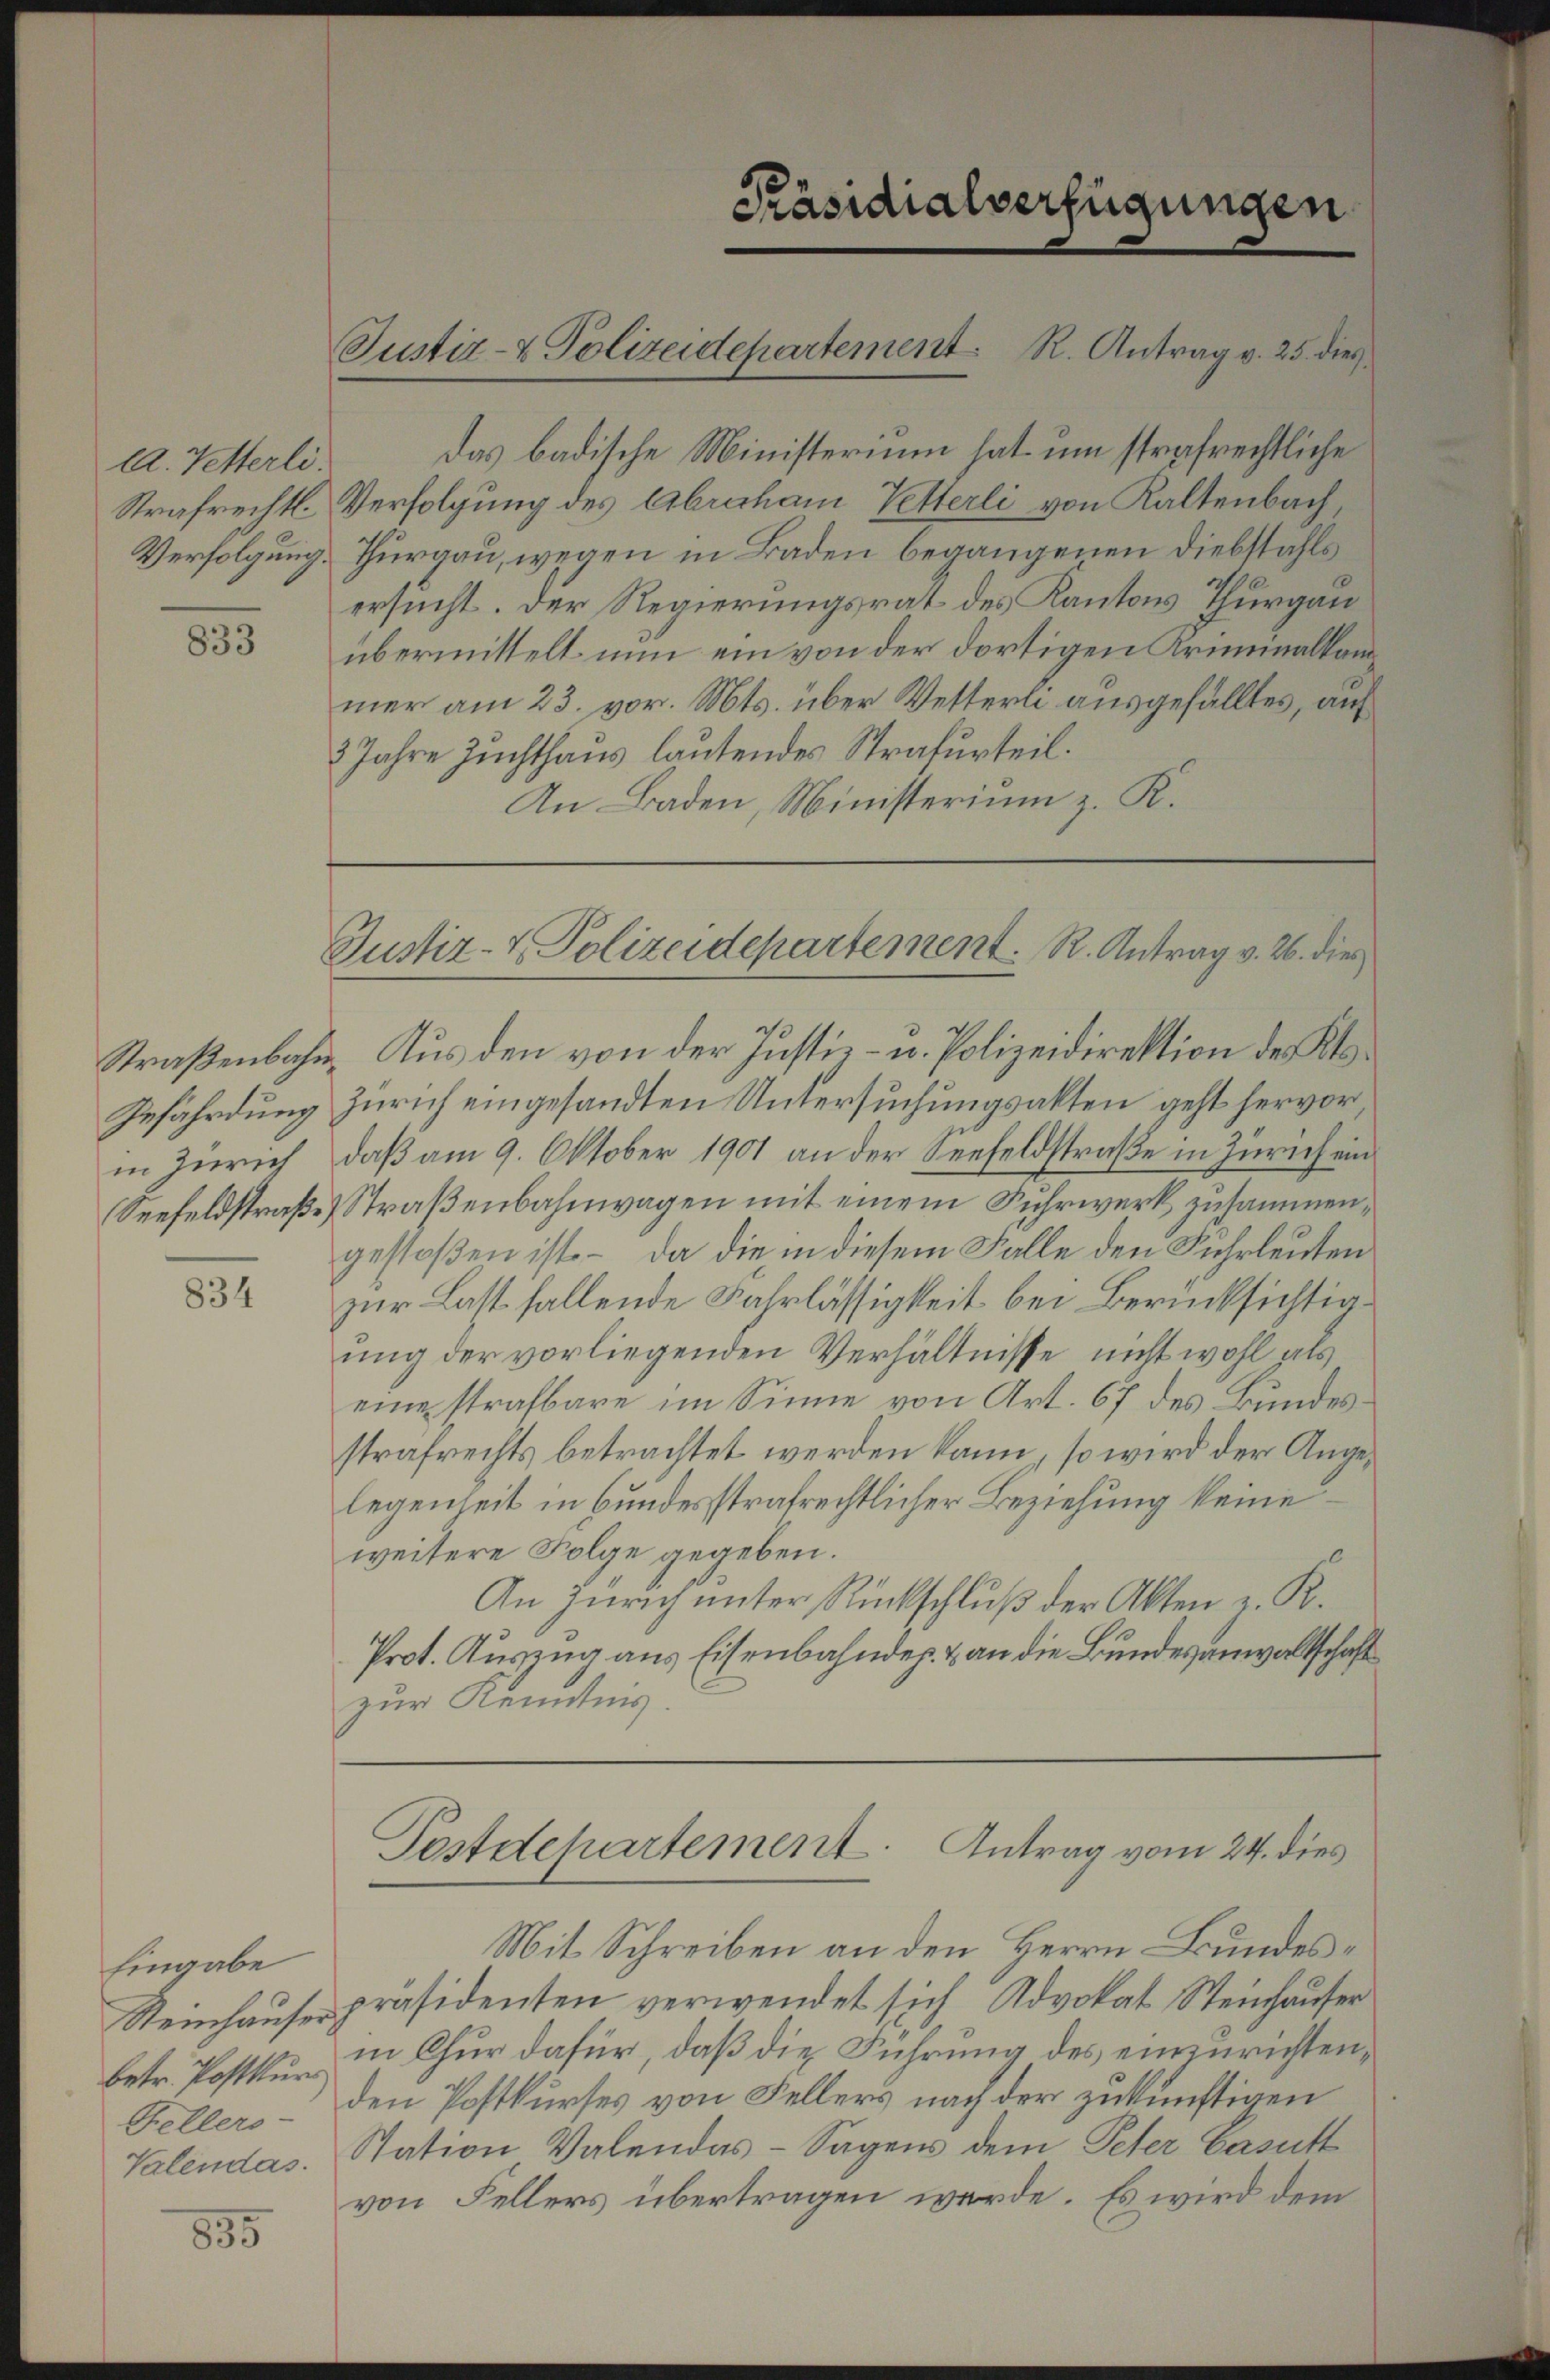
A. Vetterli.
Strafrechtl.
Verfolgung.

833

Straßenbahn¬
Infährdung
in Zürich
Seefeldstraße

834

Eingabe

835

das badische Ministerium hat um strafrechtliche
Verfolgung des Abraham Vetterli von Kaltenbach
Thurgau, wegen in Baden begangenen Diebstahls
ersucht. Der Regierungsrat des Kantons Thurgau
übermittelt nun ein von der dortigen Kriminalkammer am 23. vor. Mts. über Wetterli ausgefälltes, auf
3 Jahre Zuchthaus lautendes Strafurteil.
An Baden, Ministerium z. K.

Justiz- & Polizeidepartement. R. Antrag v. 25. dies

Präsidialverfügungen

Justiz- & Polizeidepartement. R. Antrag v. 26. die

Aus den von der Justiz- u. Polizeidirektion des Klo¬
Zürich eingesandten Untersuchungsakten geht hervor
daß am 9. Oktober 1901 an der Seefeldstraße in Zürich ein
Straßenbahnwagen mit einem Fuhrwerk zusammengestoßen ist. – Da die in diesem Falle den Fuhrleuten
zur Last fallende Fahrlässigkeit bei Berücksichtigung der vorliegenden Verhältnisse nicht wohl als
eine strafbare im Sinne von Art. 67 des Bundesstrafrechts betrachtet werden kann, so wird der Angelegenheit in bundesstrafrechtlicher Beziehung keine
weitere Folge gegeben.
An Zürich ŭnter Rückschlŭβ der Akten v. K.
Prot. Auszug aus Eisenbahndep. & an die Bundesanwaltschaft
zur Kenntnis

Festdepartement. Antrag vom 24. dies

Mit Schreiben an den Herrn Bundes¬
Steinhaŭser präsidenten verwendet sich Advokat Steinhaŭser
betr. Postkur in Chur dafür, daß die Führung des einzurichten,
Feller - den Postkurses von Fellers nach der zukünftigen
Valendas. Station Valendas- Sagens dem Peter Casutt
von Fellers übertragen werde. Es wird dem